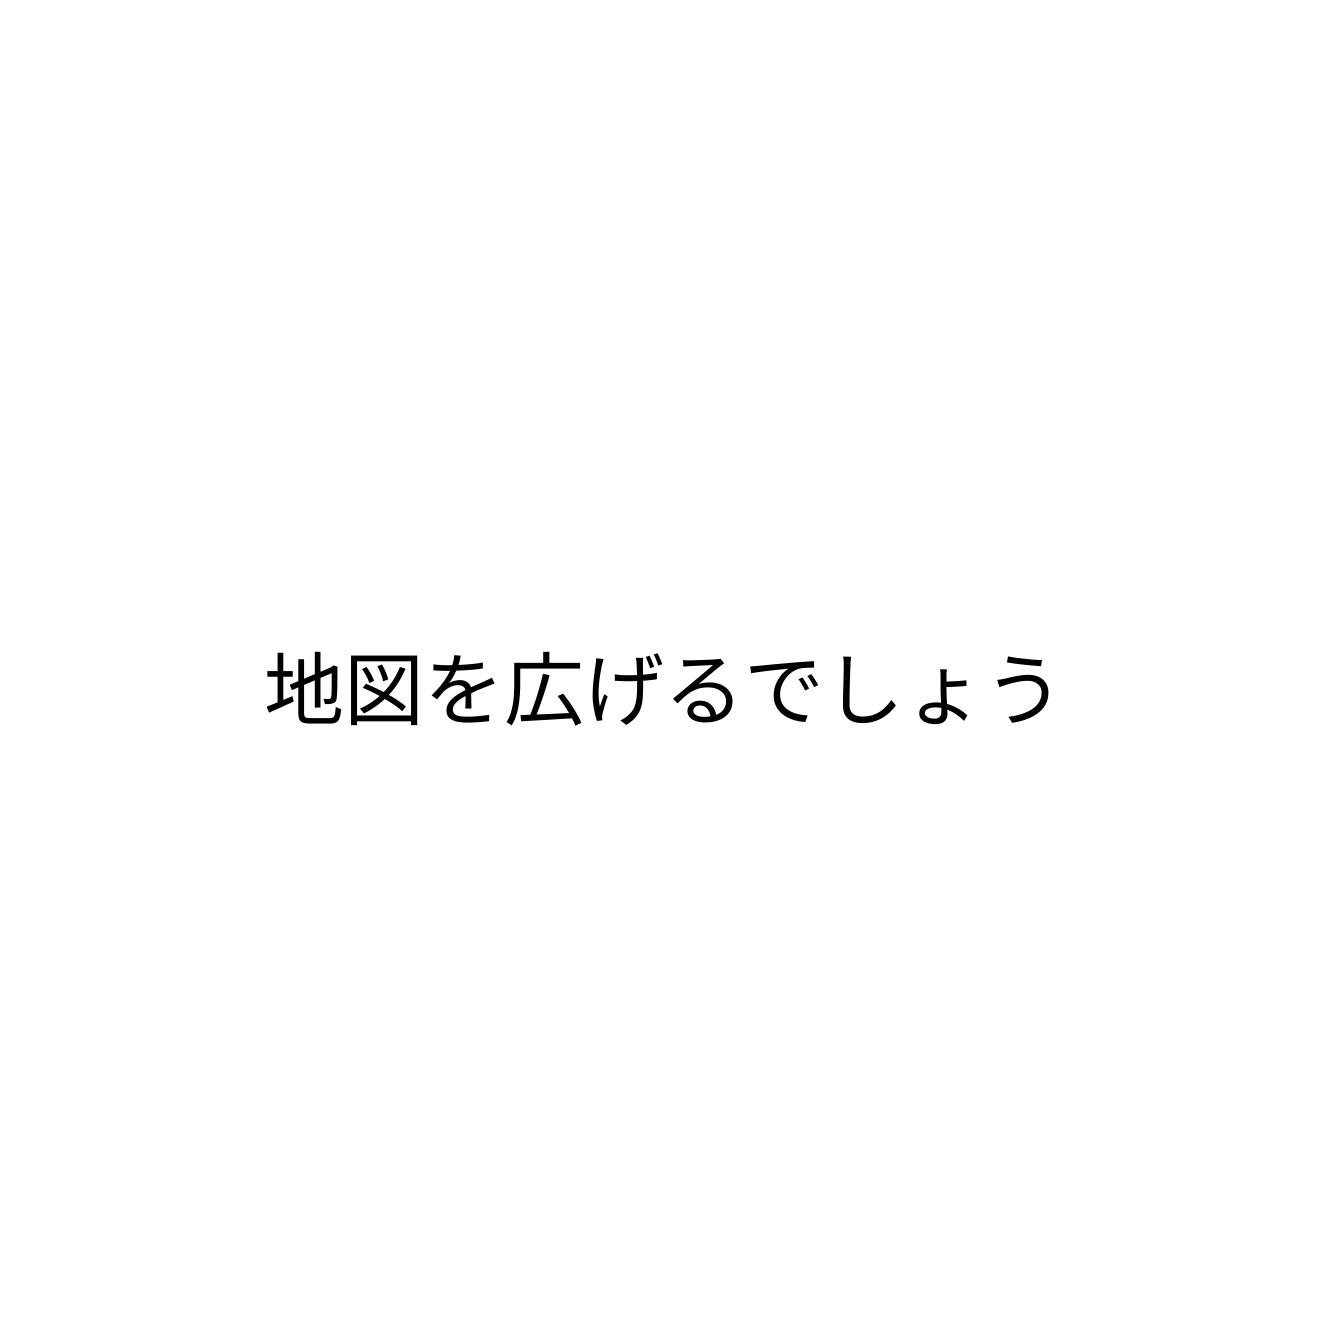
地図を広げるでしょう